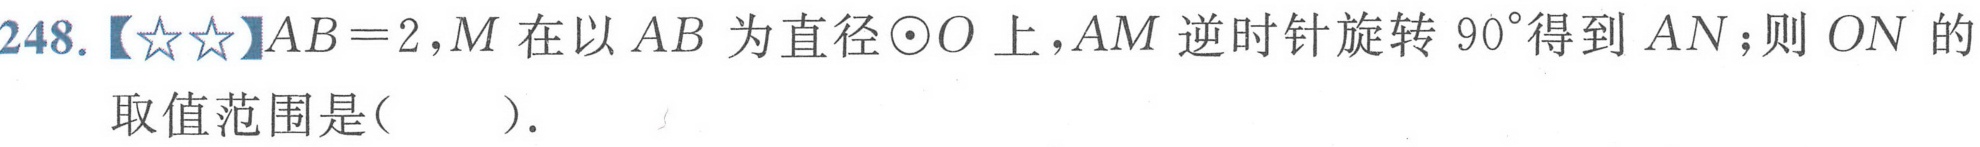
248.【★★】\(AB = 2,M\)在以\(AB\)为直径\(\odot O\)上，\(AM\)逆时针旋转\(90^{\circ}\)得到\(AN\)；则\(ON\)的
取值范围是(  ).